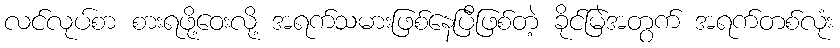
လင်လုပ်စာ စားရဖို့ဝေးလို့ အရက်သမားဖြစ်နေပြီဖြစ်တဲ့ ခိုင်မြဲအတွက် အရက်တစ်လုံး